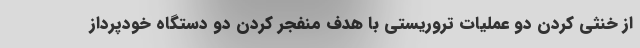
از خنثی کردن دو عملیات تروریستی با هدف منفجر کردن دو دستگاه خودپرداز